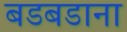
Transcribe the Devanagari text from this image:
बडबडाना